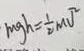
m g h = \frac { 1 } { 2 } m v ^ { 2 }